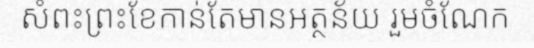
សំពះព្រះខែកាន់តែមានអត្ថន័យ រួមចំណែក